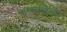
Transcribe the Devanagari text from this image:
जागविले